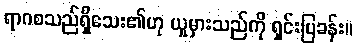
ရာဂစသည်ရှိသေး၏ဟု ယူမှားသည်ကို ရှင်းပြခန်း။